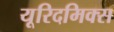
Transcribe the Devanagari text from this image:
यूरिदमिक्स